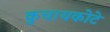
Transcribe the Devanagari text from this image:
कुचायकोटे